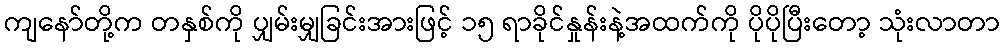
ကျနော်တို့က တနှစ်ကို ပျှမ်းမျှခြင်းအားဖြင့် ၁၅ ရာခိုင်နှုန်းနဲ့အထက်ကို ပိုပိုပြီးတော့ သုံးလာတာ